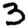
Digit: 3